Vaccination in Bombay 1863-1868 - 1863-1868
Year: 1863
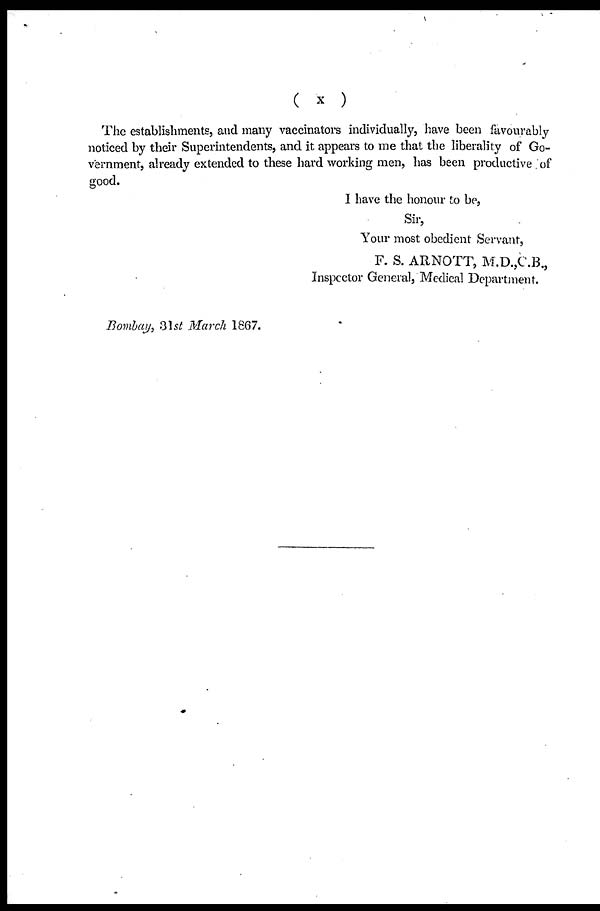
(
x )
The establishments, and many vaccinators individually, have been favourably
noticed by their Superintendents, and it appears to me that the liberality of Go-
vernment, already extended to these hard working men, has been productive of
good.
I have the honour to be,
Sir,
Your most obedient Servant,
F. S. ARNOTT, M.D.,C.B.,
Inspector General, Medical Department.
Bombay, 31st March 1867.